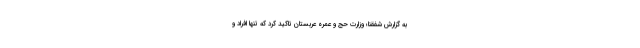
به گزارش شفقنا؛ وزارت حج و عمره عربستان تاکید کرد که تنها افراد و